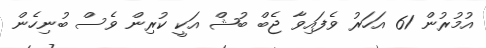
އުމުރުން 61 އަހަރު ވެފައިވާ ޖެބް ބުޝް އަކީ ކުރިން ވެސް ބުނިހެން